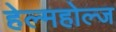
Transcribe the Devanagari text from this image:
हेल्महोल्ज